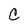
Character: C